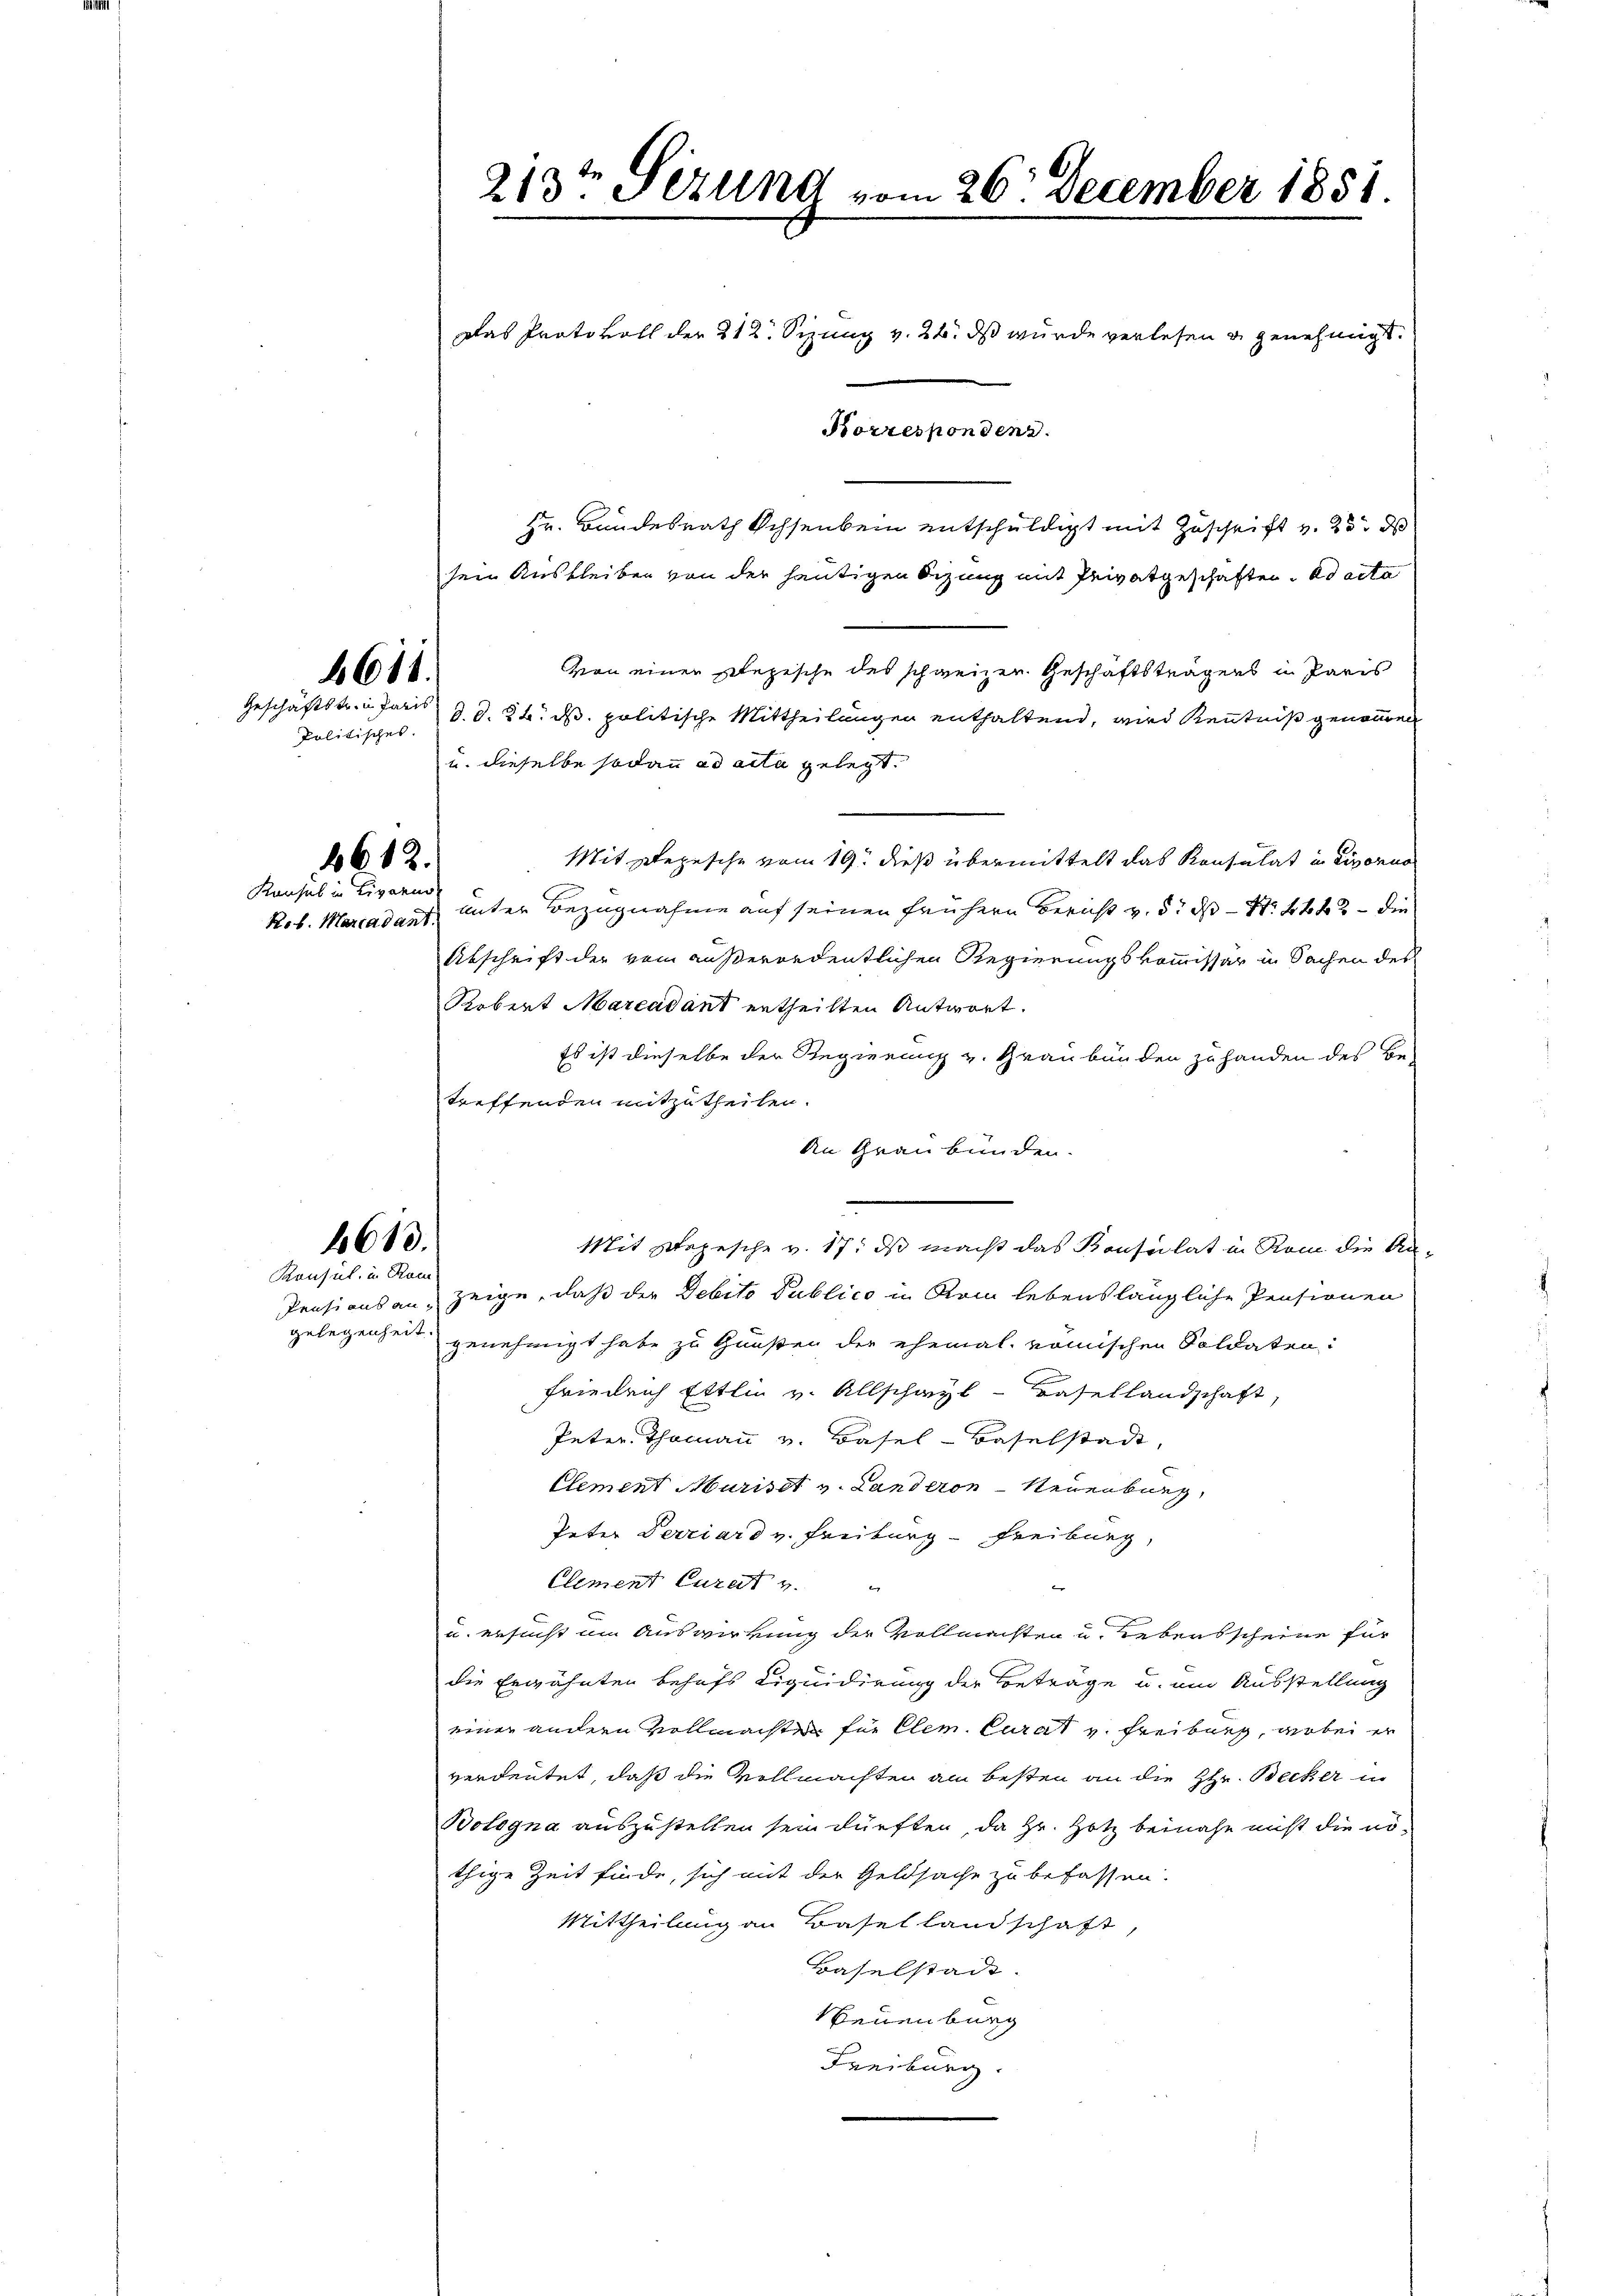
Politisches.

611.

612.
Konsul in Livari
Pob. Marcadant.

1613.
Konsul in Ram

213t Sezung vom 26. December 1851.
Das Protokoll der 212. Sizung v. 22. ds wurde verlesen u genehmigt.
Korrespondenz.

Hr. Bundesrath Ochsenbein entschuldigt mit Zuschrift v. 25 d
sein Ausbleiben von der heutigen Sizung mit Privatgeschaften ad acta
von einen plezische des schweizer Geschäftsträgers in Paris
Geschäftstr. in Jar d. d. 24. ds. politische Mittheilungen enthaltend, wird Kenntniß genommen
u. dieselbe sodann ad acta gelegt.
Mit Depesche vom 19. dieß übermittelt das Konsulat in Livorno
unter Bezugnahme auf seinen frühern Bericht v. 5. ds N. 442 - die
Abschrift der vom außerordentlichen Regierungskommissär in Sachen des
Robert Marcadant ertheilten Antwort.
Es ist dieselbe der Regierung v. Graubünden zu handen des Be-
treffenden mitzutheilen.
An Graubünden.
Mit Depesche v. 17. ds macht das Konsulat in Rom die An-
Pensions an, zeige, daß der Debito Publico in Rom lebenslängliche Pensionen
gelegenheit genehmigt habe zu Gunsten der ehemal römischen Soldaten:
Friedrich Ettlin v. Allschwyl - Hasellandschaft,
Peter. Thomann v. Basel-Baselstadt,
Element Murist v. Landeron-Neuenburg,
Peter Verriard v. Freiburg Freiburg,
Clement Curat v.
u. ersucht um Auswirkung der Vollmachten u. Lebensscheine für
die Erwähnten behufs Liquidirung der Beträge u. um Ausstellung
einer andern vollmachten für Clem. Curat v. Freiburg, wobei er
verdeutet, daß die Vollmachten am besten an die HHr. Becker in
Bologna auszustellen sein dürften, da Hr. Hotz beinahe nicht die nöthige Zeit finde, sich mit der Geldsache zu befassen.
Mittheilung an Basellandschaft,
Baselstadt.
Neuenburg
Freiburg.